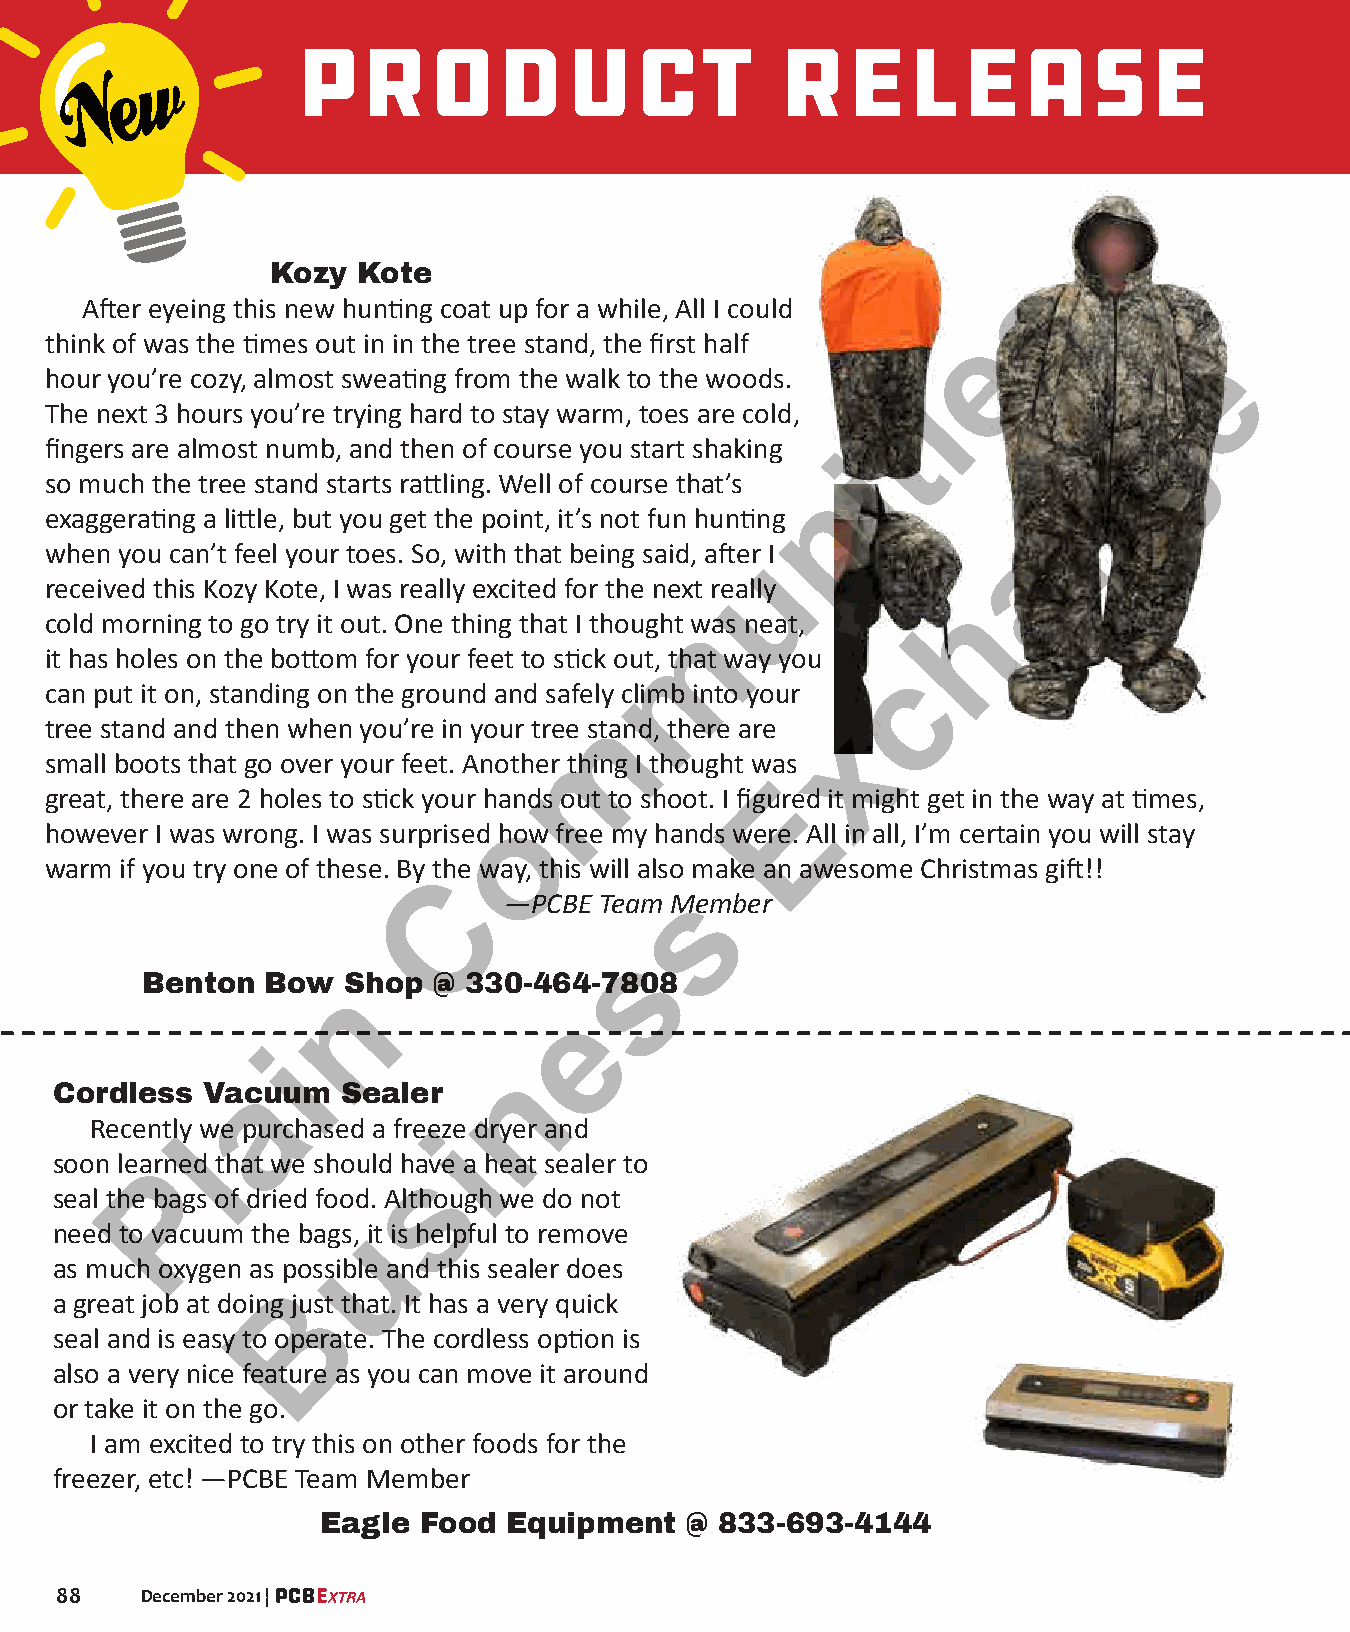
PRODUCT                         RELEASE
 Kozy  Kote
 s
 After eyeing this new hunting coat up for a while, All I could
 think of was the times out in in the tree stand, the first half e
 e
 hour you’re cozy, almost sweating from the walk to the woods.
 i
 The next 3 hours you’re trying hard to stay warm, toes are cold,         g
 t
 fingers are almost numb, and then of course you start shaking
 i
 so much the tree stand starts rattling. Well of course that’s        n
 n
 exaggerating a little, but you get the point, it’s not fun hunting
 when you can’t feel your toes. So, with that being said, after I a
 u
 received this Kozy Kote, I was really excited for the next really
 h
 cold morning to go try it out. One thing that I thought wmas neat,
 it has holes on the bottom for your feet to stick out, that way you
 c
 can put it on, standing on the ground and safely climb into your
 tree stand and then when you’re in your tree stmand, there are x
 small boots that go over your feet. Another thing I thought was
 great, there are 2 holes to stick your hands out to shoot. I figurEed it might get in the way at times,
 o
 however I was wrong. I was surprised how free my hands were. All in all, I’m certain you will stay
 warm if you try one of these. By the way, this will also m ake an awesome Christmas gift!!
 C
 s
 —PCBE  Team Member
 s
 Benton   Bow  Shop  @ 330-464-7808
 n
 e
 i
 n
 Cordless  Vacauum   Sealer
 Recently we purchased a freeze dryer and
 i
 l
 soon learned that we should have a heat sealer to
 s
 P
 seal the bags of dried food. Although we do not
 need to vacuum the bags, uit is helpful to remove
 as much oxygen as possible and this sealer does
 a great job at doing juBst that. It has a very quick
 seal and is easy to operate. The cordless option is
 also a very nice feature as you can move it around
 or take it on the go.
 I am excited to try this on other foods for the
 freezer, etc! —PCBE Team Member
 Eagle  Food  Equipment  @  833-693-4144
 88   December 2021 |